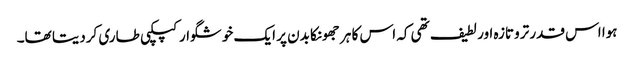
ہوا اس قدر تروتازہ اور لطیف تھی کہ اس کا ہر جھونکا بدن پر ایک خوشگوار کپکپی طاری کردیتا تھا۔